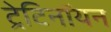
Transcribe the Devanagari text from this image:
ट्रेटिनॉयन